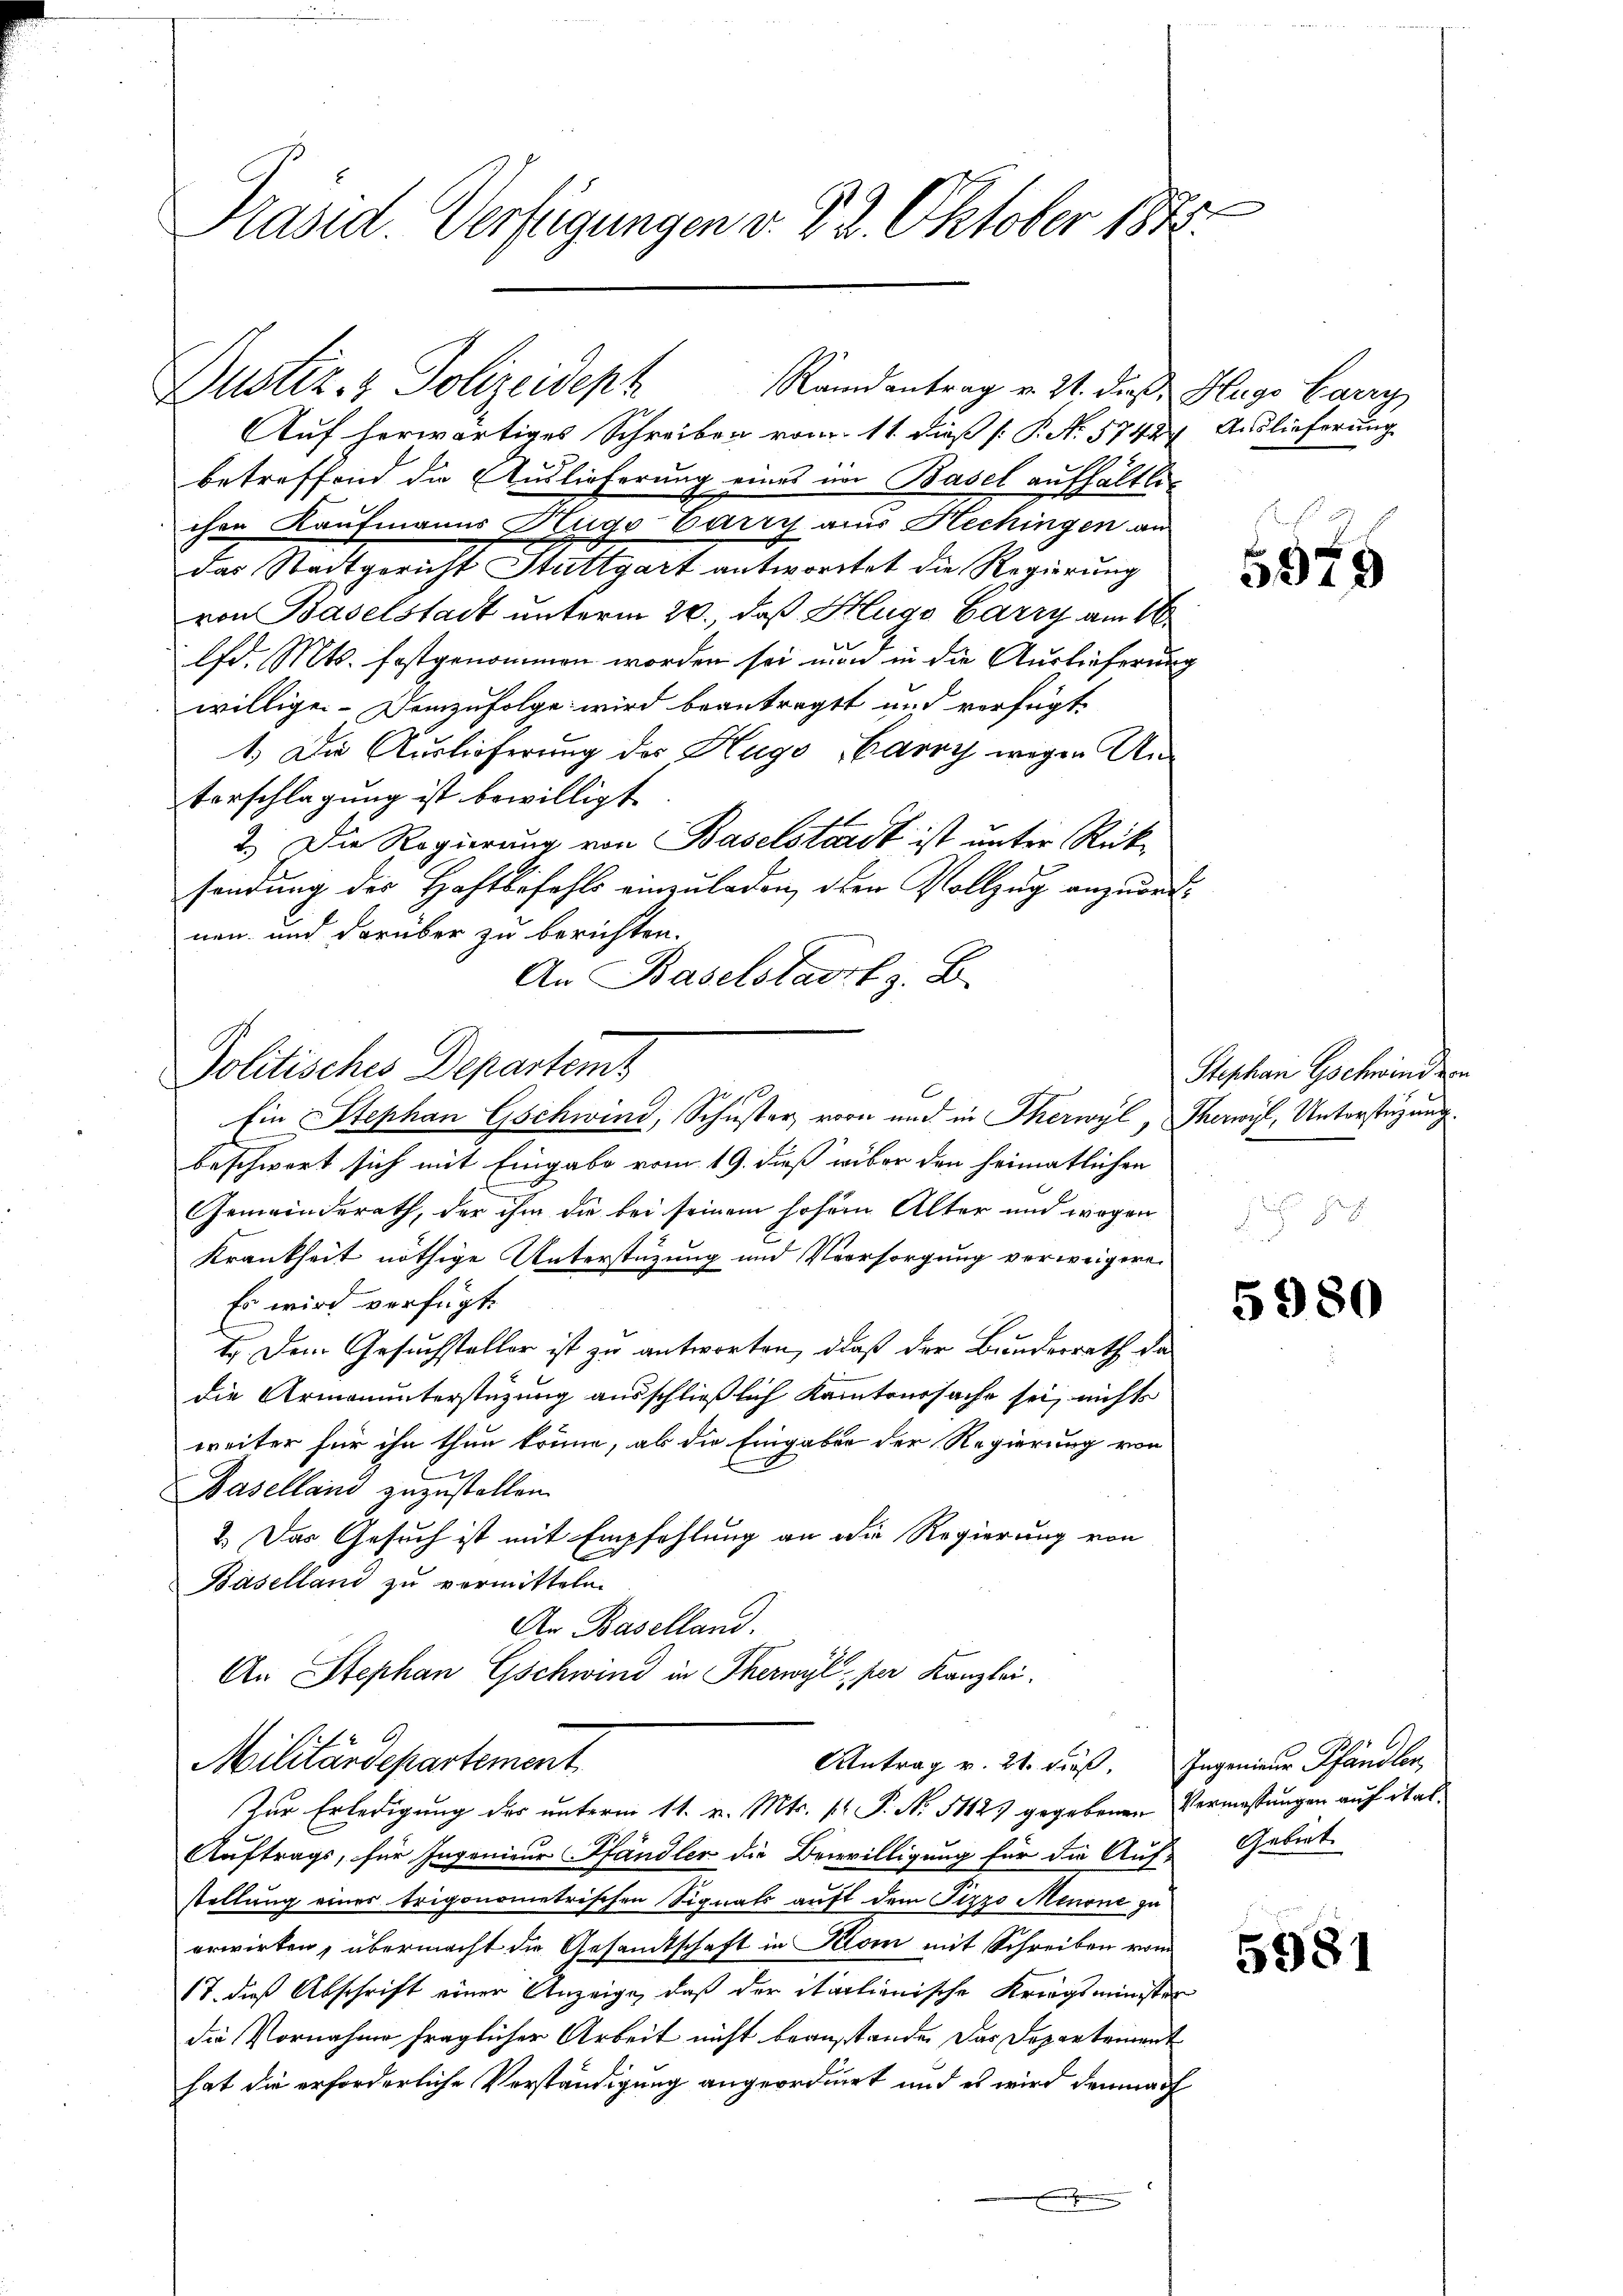
Kasid Verfügungen v. 22. Oktober 1825.

Dustiz- & Polizeidept
Auf herwärtiges Schreiben vom 11. dieß (: P. N. 5742) Auslieferung
betreffend die Auslieferung eines im Basel aufhältli
chen Kaufmanns Hugo Carry aus Hechingen an
das Stadtgericht Stuttgart antwortet die Regierung
von Baselstadt unterm 20., daß Hugo Carry am 16.
lfd. Mts. festgenommen worden sei nun in die Auslieferung
willigen. Demzufolge wird beantragt und verfügt
1.) Die Auslieferung des Hugo Carry wegen An¬
Vorschlagung ist bewilligt
2.) Die Regierung von Baselstadt ist unter Rücksendung der Hoftbefehls einzuladen, den Vollzug anzuordnen, und darüber zu berichten.
An Baselstadt z. B.

beschwert sich mit Eingabe vom 19. dieß wiber den heimatlichen
Gemeinderath, der ihm die bei seinem hohem Alter und wegen
Krankheit nöthige Unterstützung und Vorsorgung verweigere
Es wird verfügt:
t. Dem Gesuchsteller ist zu antworten, daß der Bundesrath da
die Armenunterstüzung ausschließlich Kantoursache sei, nicht
weiter für ihn thun könne, ab die Eingaben der Regierung vor
x
Baselland zuzustellen.
2. Das Gesuch ist mit Empfehlung an die Regierung von
Baselland zu vermitteln.
Ar Baselland.
An Stephan Gschwind in Therwyl, per Kanzlei.
Militärdepartement
Antrag v. 21. dieß. Ingenieur Pfändler
Zur Erledigung des unterm 11. v. Mts. pr. P. No. 51125 gegebenen Vermassungen auf ital¬
Auftrags, für Ingenieur Pfändler die Bewilligung für die Auf-Gebirt
stellung einer trigonometrischen Signats auft dem Pizzo Meurne zu
erwirken, übermacht die Gesamtschaft in Kilom mit Schreiben vom
17. dieß Abschrift einer Anzeige, daß der italienische Kriegsminister
die Vornahme fraglicher Arbeit nicht beanstande. Das Departement
hat die erforderliche Verständigung angeordnet und es wird demnach

Politisches Departem
E
Ein Stephan Gschwind, Schuster vorn und in Therwyl, Therwyl, Unterstüzung.

Randantrag v. 21. dieß Hugo Carry

5975

Stephan Gschwind von

5980

5981